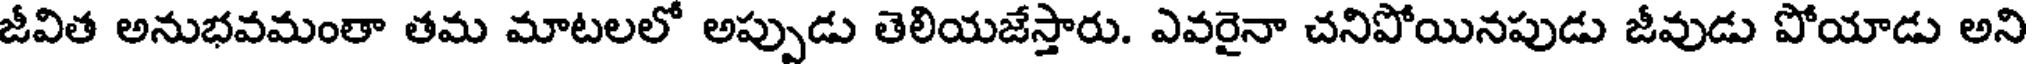
జీవిత అనుభవమంతా తమ మాటలలో అప్పుడు తెలియజేస్తారు. ఎవరైనా చనిపోయినపుడు జీవుడు పోయాడు అని